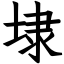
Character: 埭